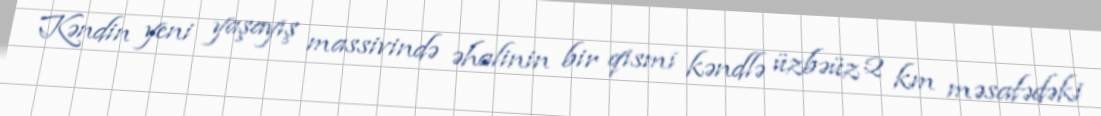
Kəndin yeni yaşayış massivində əhalinin bir qismi kəndlə üzbəüz 2 km məsafədəki